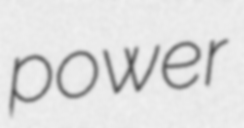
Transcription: power